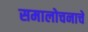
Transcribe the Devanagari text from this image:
समालोचनाचे